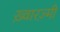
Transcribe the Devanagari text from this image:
ख़्वारज़्मी